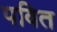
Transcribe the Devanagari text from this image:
पवित